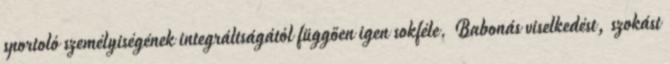
sportoló személyiségének integráltságától függően igen sokféle. Babonás viselkedést, szokást